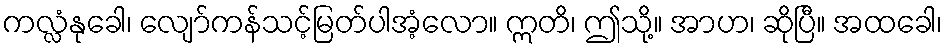
ကလ္လံနုခေါ၊ လျော်ကန်သင့်မြတ်ပါအံ့လော။ ဣတိ၊ ဤသို့။ အာဟ၊ ဆိုပြီ။ အထခေါ၊